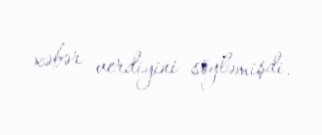
xəbər verdiyini söyləmişdi.